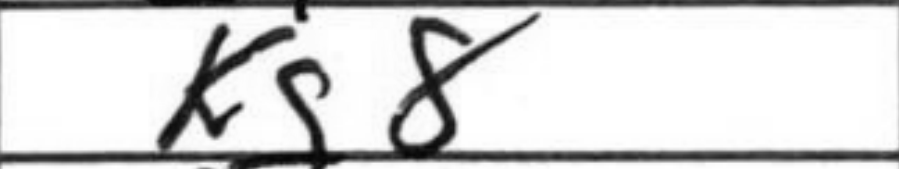
Transcription: Kg8